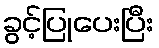
ခွင့်ပြုပေးပြီး